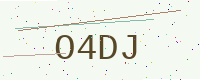
Text: O4DJ